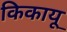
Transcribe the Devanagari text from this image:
किकायू